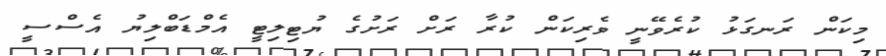
މިކަން ރަނގަޅު ކުރެވޭނީ ވެރިކަން ކުރާ ރަށް ރަށުގެ ޔުޓިލިޓީ އެމްޑަބްލިޔު އެސްސީ